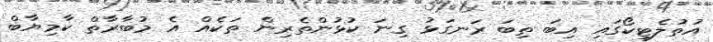
އުތުލެޓިކޯގައި އިބަ ތިބަ ރަނގަޅު ގިނަ ކުޅުންތެރިން ތަކެއް އެ މުބާރާތް ކާމިޔާބް